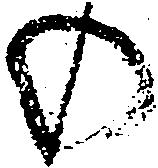
の